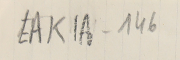
EAK1A-146